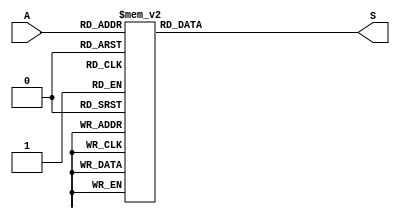
/*
				***** DECODIFICADOR BINARIO HEXADECIMAL *****
				
		El presente cdigo desarrollado en verilog tiene como finalidad la implementacin de 
		un decodificador binario a hexadecimal donde el resultado ser exhibido mediante un display
		7 segmentos de ctodo comn a travs de un FPGA.
		Fecha: 21-Marzo-2023
		Versin: 1.0
*/

module Decodificador_Binario_Hexadecimal(							// Creacin del mdulo				
		input [3:0] A,									// Declaracin de variable de entrada de cuatro bits
		output reg [6:0] S);								// Declaracin de variable de salida de siete bits

	always @(A)										// Inicio de lista sensible
		begin

	case (A)										// Inicio del case con respecto a la entrada A
		4'b0000 : S = 0000001;								// Numero 0
		4'b0001 : S = 1001111;								// Numero 1
		4'b0010 : S = 0010010;								// Numero 2
		4'b0011 : S = 0000110;								// Numero 3
		4'b0100 : S = 1001100;								// Numero 4
		4'b0101 : S = 0100100;								// Numero 5
		4'b0110 : S = 0100000;								// Numero 6
		4'b0111 : S = 0001111;								// Numero 7
		4'b1000 : S = 0000000; 								// Numero 8
		4'b1001 : S = 0000100; 								// Numero 9
		4'b1010 : S = 0001000;								// Letra A
		4'b1011 : S = 1100000;								// Letra B
		4'b1100 : S = 0110001;								// Letra C
		4'b1101 : S = 1000010;								// Letra D
		4'b1110 : S = 0110000;								// Letra E
		4'b1111 : S = 0111000; 								// Letra F
		default : S = 0000001;								// Salida por default
	endcase											// Fin de los casos
  end												// Fin												

endmodule											// Fin del mdulo